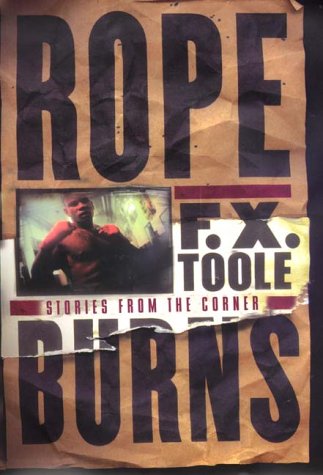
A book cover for ROPE BURNS: Stories from the Corner; F. X. Toole; Sports & Outdoors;